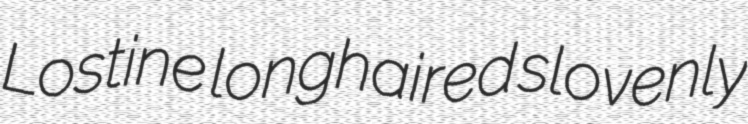
Lostine longhaired slovenly